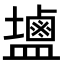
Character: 𪉩